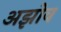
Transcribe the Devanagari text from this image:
अझोव